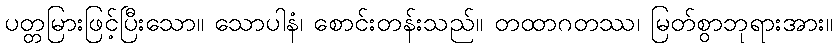
ပတ္တမြားဖြင့်ပြီးသော။ သောပါနံ၊ စောင်းတန်းသည်။ တထာဂတဿ၊ မြတ်စွာဘုရားအား။